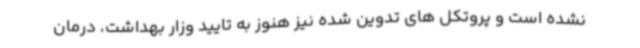
نشده است و پروتکل های تدوین شده نیز هنوز به تایید وزار بهداشت، درمان